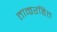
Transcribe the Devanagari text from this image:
ताम्ररहित